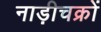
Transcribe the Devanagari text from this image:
नाड़ीचक्रों